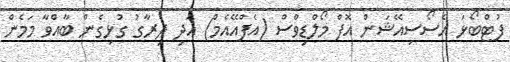
ފުޓްބޯޅަ އެސޯސިއޭޝަން އޮފް މޯލްޑިވްސް (އެފްއޭއެމް) އަދި ދިރާގު ގުޅިގެން ބާއްވާ މަމެން